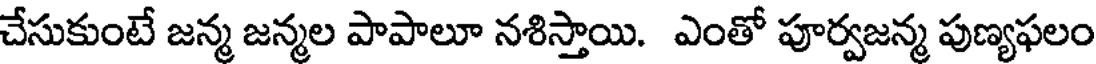
చేసుకుంటే జన్మ జన్మల పాపాలూ నశిస్తాయి. ఎంతో పూర్వజన్మ పుణ్యఫలం